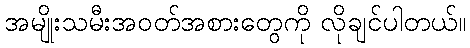
အမျိုးသမီးအဝတ်အစားတွေကို လိုချင်ပါတယ်။